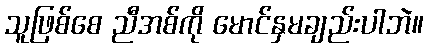
သူဖြစ်စေ ညီအစ်ကို မောင်နှမချည်းပါဘဲ။